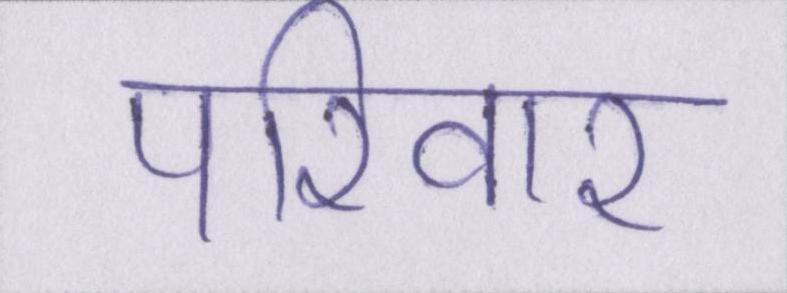
परिवार